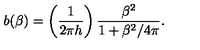
b ( \beta ) = \left( \frac { 1 } { 2 \pi h } \right) \frac { \beta ^ { 2 } } { 1 + \beta ^ { 2 } / 4 \pi } .